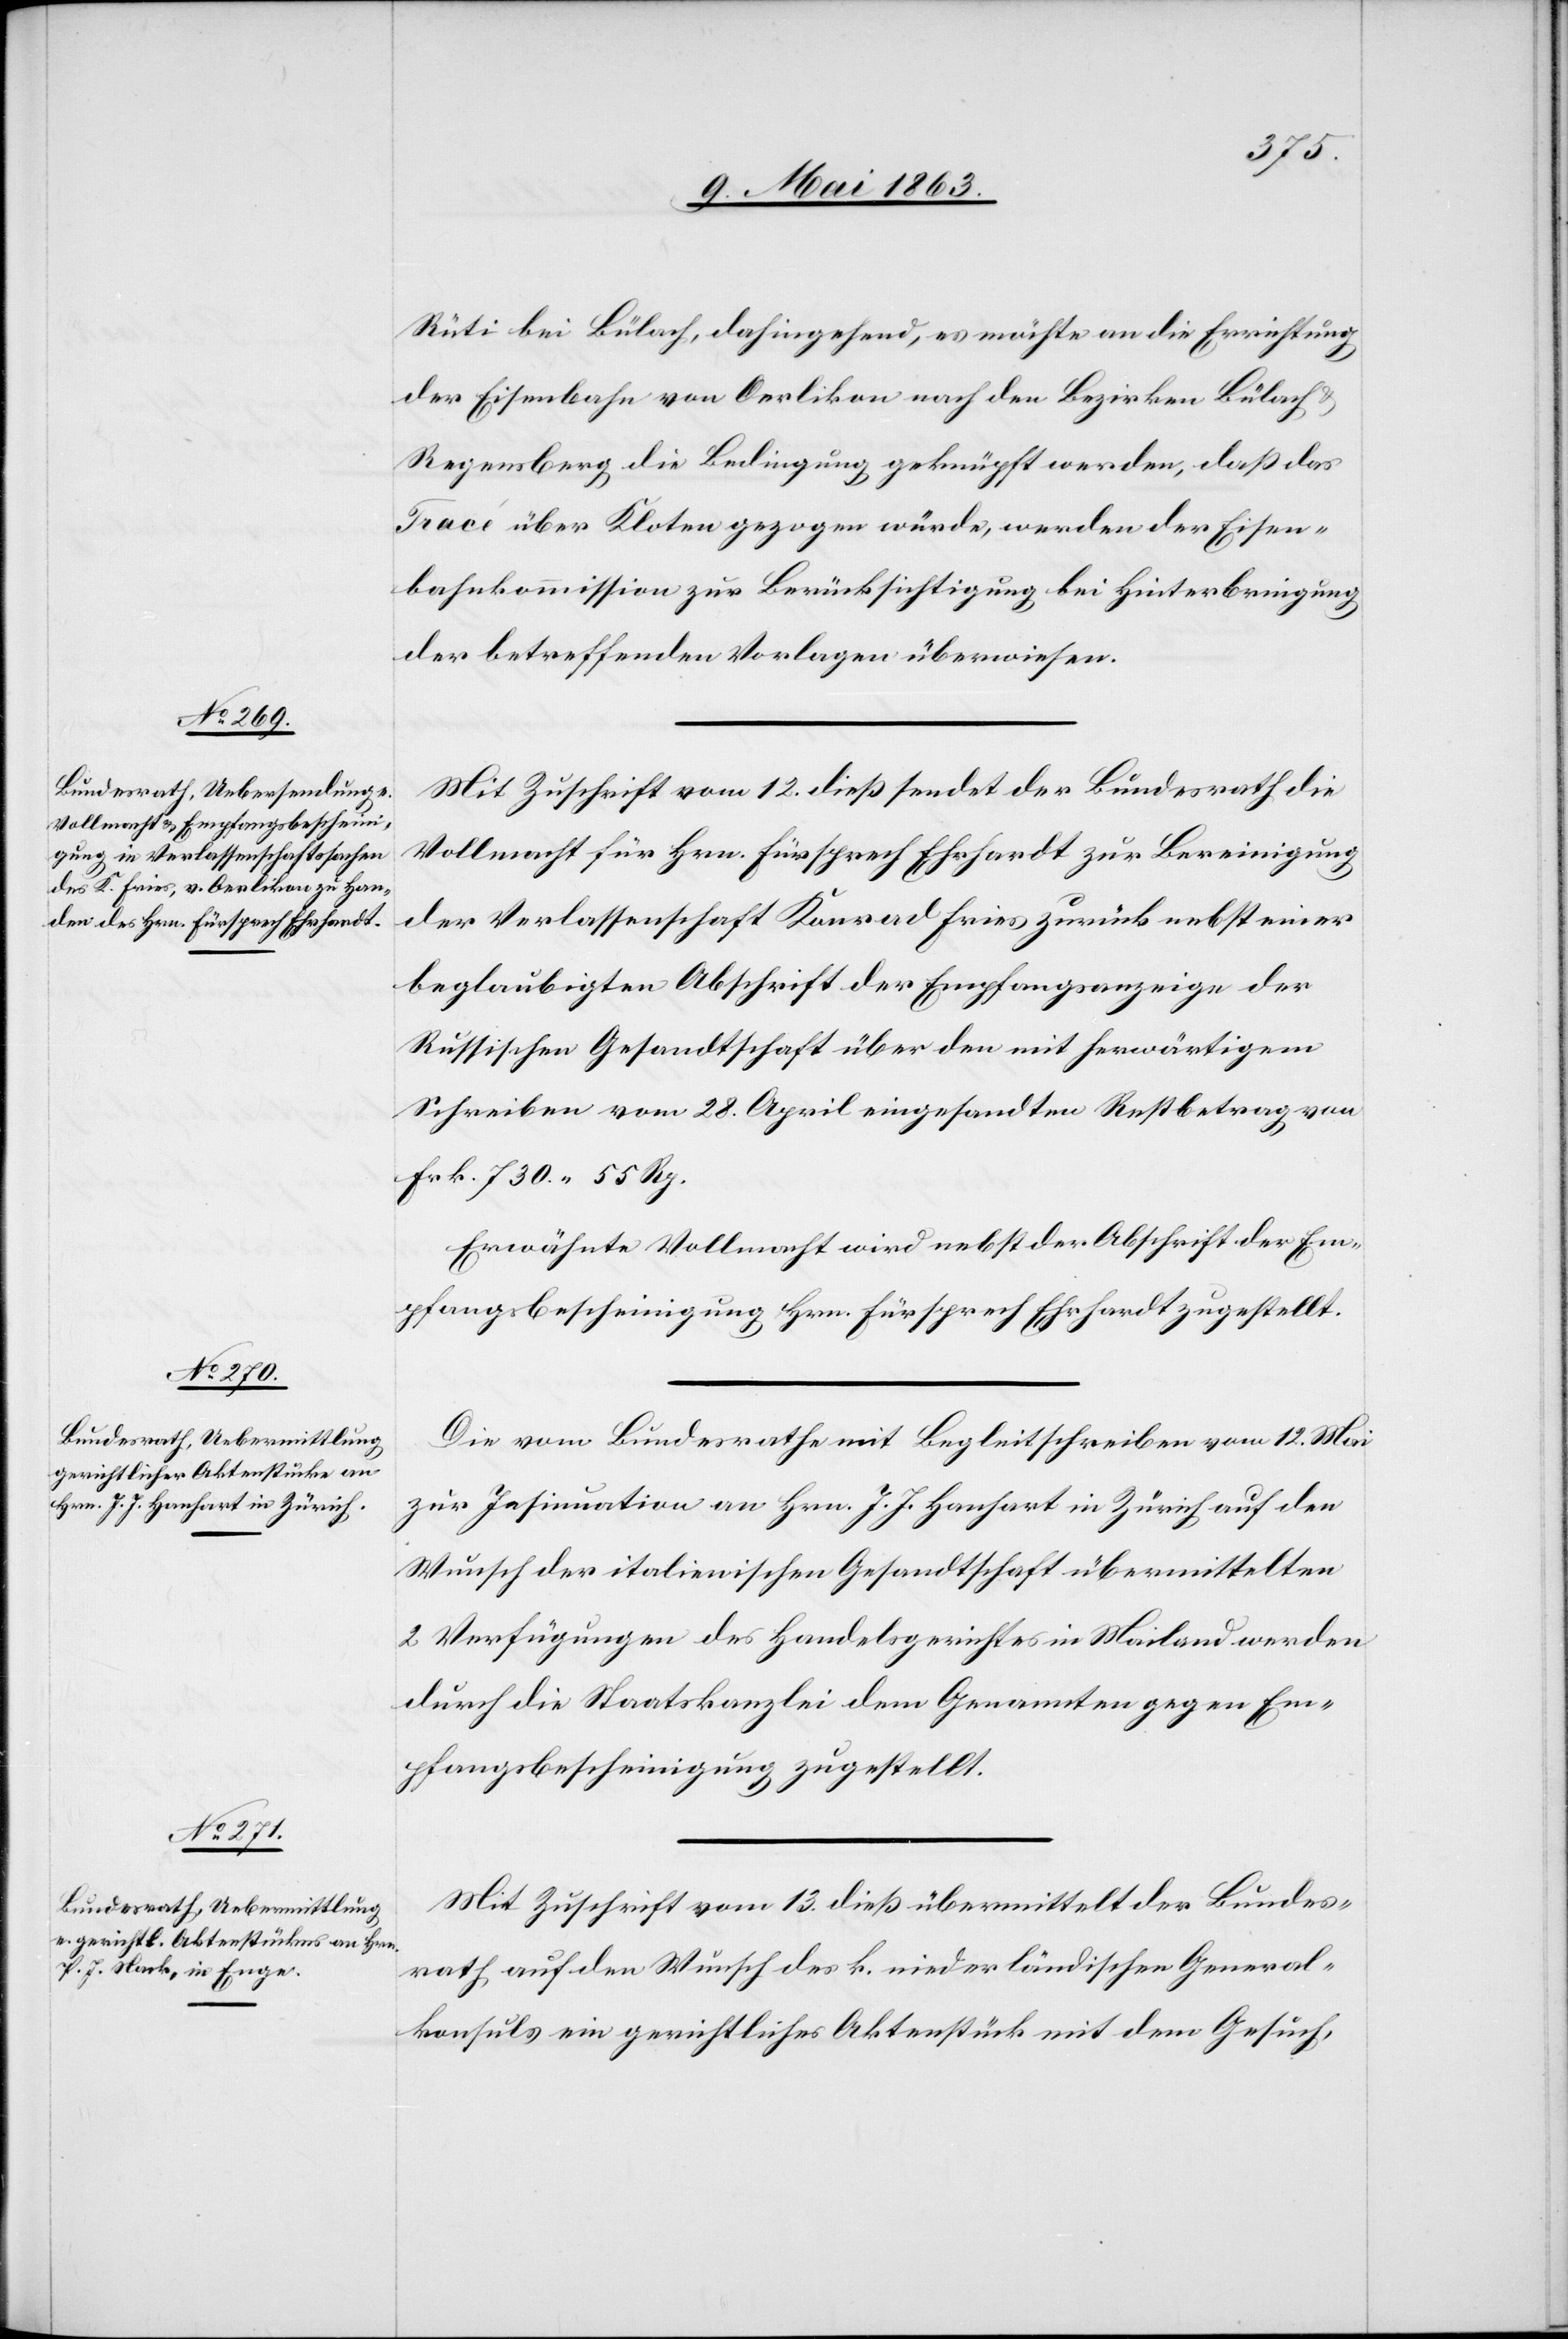
13. Mai 1863.]
Rüti bei Bülach, dahingehend, es möchte an die Errichtung
der Eisenbahn von Oerlikon nach den Bezirken Bülach &
Regensberg die Bedingung geknüpft werden, daß das
Tracé über Kloten gezogen würde, werden der Eisen¬
bahnkommission zur Berücksichtigung bei Hinterbringung
der betreffenden Vorlagen überwiesen.
Mit Zuschrift vom 12. dieß sendet der Bundesrath die
Vollmacht für Hrn. Fürsprech Ehrhardt zur Bereinigung
der Verlassenschaft Konrad Fries zurück nebst einer
beglaubigten Abschrift der Empfangsanzeige der
Russischen Gesandtschaft über den mit herwärtigem
Schreiben vom 28. April eingesandten Restbetrag von
Frk. 730. 55 Rp.
Erwähnte Vollmacht wird nebst der Abschrift der Em¬
pfangsbescheinigung Hrn. Fürsprech Ehrhardt zugestellt.
Die vom Bundesrathe mit Begleitschreiben vom 12. Mai
zur Insinuation an Hrn. J. J. Hanhart in Zürich auf den
Wunsch der italienischen Gesandtschaft übermittelten
2 Verfügungen des Handelsgerichtes in Mailand werden
durch die Staatskanzlei dem Genannten gegen Em¬
pfangsbescheinigung zugestellt.
Mit Zuschrift vom 13. dieß übermittelt der Bundes¬
rath auf den Wunsch des k. niederländischen General¬
konsuls ein gerichtliches Aktenstück mit dem Gesuch,